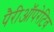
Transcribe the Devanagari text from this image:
पैरीऑपरेटिव